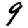
Digit: 9